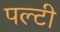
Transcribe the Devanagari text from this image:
पल्टी